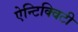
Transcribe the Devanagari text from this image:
ऐन्टिक्विटी